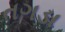
તગડા